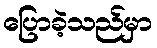
ပြောခဲ့သည်မှာ